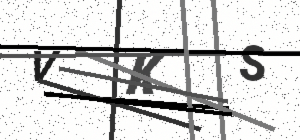
Text: VKS